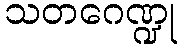
သတဂေဏ္ဍု